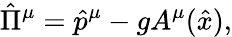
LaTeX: \hat{\Pi}^{\mu}=\hat{p}^{\mu}-gA^{\mu}(\hat{x}),